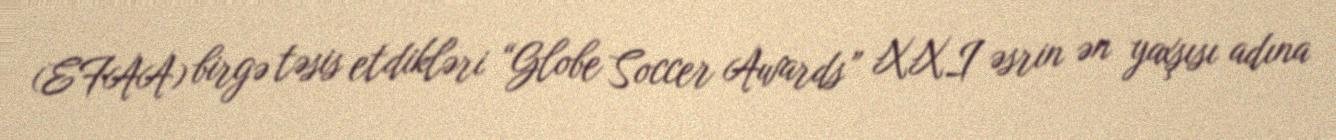
(EFAA) birgə təsis etdikləri “Globe Soccer Awards” XXI əsrin ən yaxşısı adına